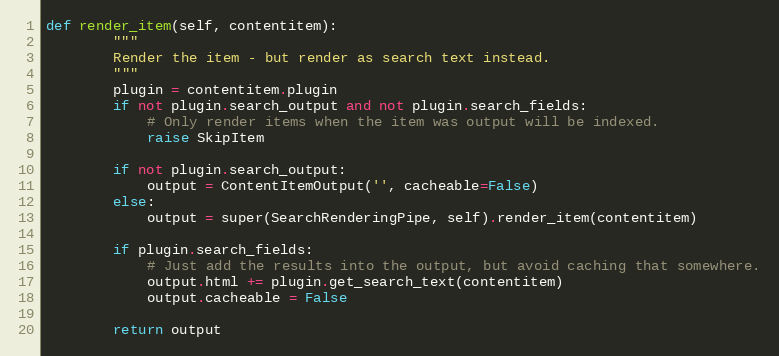
Language: Python
def render_item(self, contentitem):
        """
        Render the item - but render as search text instead.
        """
        plugin = contentitem.plugin
        if not plugin.search_output and not plugin.search_fields:
            # Only render items when the item was output will be indexed.
            raise SkipItem

        if not plugin.search_output:
            output = ContentItemOutput('', cacheable=False)
        else:
            output = super(SearchRenderingPipe, self).render_item(contentitem)

        if plugin.search_fields:
            # Just add the results into the output, but avoid caching that somewhere.
            output.html += plugin.get_search_text(contentitem)
            output.cacheable = False

        return output